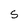
Character: s